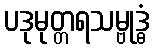
ပဒုမုတ္တရသမ္ဗုဒ္ဓံ